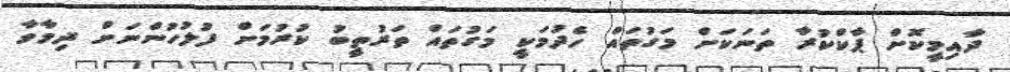
ދާއިމީކޮށް ޕާކްކުރާ ތަނަކަށް މަގުތައް ހެދުމަކީ މަގުތައް ތަރުތީބު ކުރުމަށް ފުލުހުންނަށް ދިމާވާ